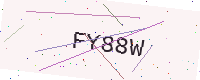
Text: FY88W